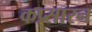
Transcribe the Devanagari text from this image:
कप्र्सारन